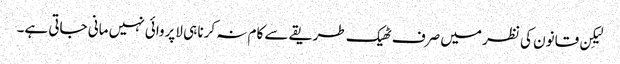
لیکِن قانون کی نظر میں صرف ٹھیک طریقے سے کام نہ کرنا ہی لاپروائی نہیں مانی جاتی ہے۔